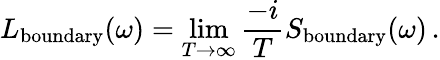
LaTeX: L_{\mathrm{boundary}}(\omega)=\operatorname*{lim}_{T\to\infty}\frac{-i}{T}S_{\mathrm{boundary}}(\omega)\, .